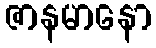
ဇာနမာနော